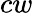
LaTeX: cw